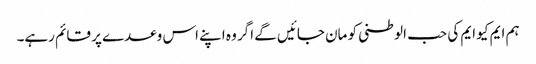
ہم ایم کیو ایم کی حب الوطنی کو مان جائیں گے اگر وہ اپنے اس وعدے پر قائم رہے۔